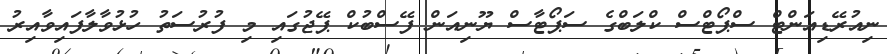
ނިއުރޭޑިއަންޓް ސްޕޯޓްސް ކްލަބްގެ ސަޕޯޓާސް ޔޫނިއަން ފޭސްބުކް ޕޭޖުގައި މި ފުރުސަތު ހުޅުވާލާފައިވާއިރު